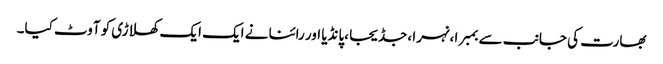
بھارت کی جانب سے بمبرا ،نہرا ،جڈیجا ،پانڈیا اور رائنا نے ایک ایک کھلاڑی کو آوٹ کیا۔